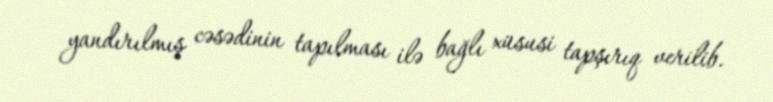
yandırılmış cəsədinin tapılması ilə bağlı xüsusi tapşırıq verilib.